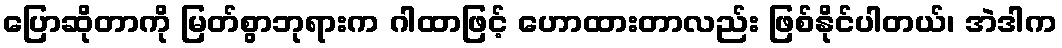
ပြောဆိုတာကို မြတ်စွာဘုရားက ဂါထာဖြင့် ဟောထားတာလည်း ဖြစ်နိုင်ပါတယ်၊ အဲဒါက